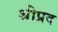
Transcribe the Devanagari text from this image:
श्रीप्रद